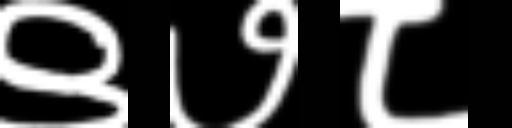
Text: ९७८